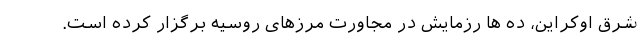
شرق اوکراین، ده ها رزمایش در مجاورت مرزهای روسیه برگزار کرده است.